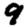
Digit: 9